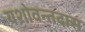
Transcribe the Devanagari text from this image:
यशोवन्तदास